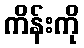
ကိန်းကို